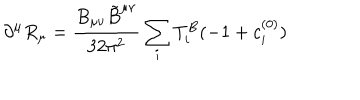
LaTeX: \partial ^ { \mu } R _ { \mu } = \frac { B _ { \mu \nu } { \tilde { B } } ^ { \mu \nu } } { 3 2 \pi ^ { 2 } } \sum _ { i } T _ { i } ^ { B } ( - 1 + c _ { i } ^ { ( 0 ) } )